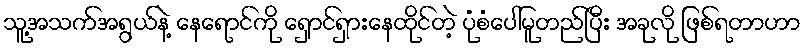
သူ့အသက်အရွယ်နဲ့ နေရောင်ကို ရှောင်ရှားနေထိုင်တဲ့ ပုံစံပေါ်မူတည်ပြီး အခုလို ဖြစ်ရတာဟာ